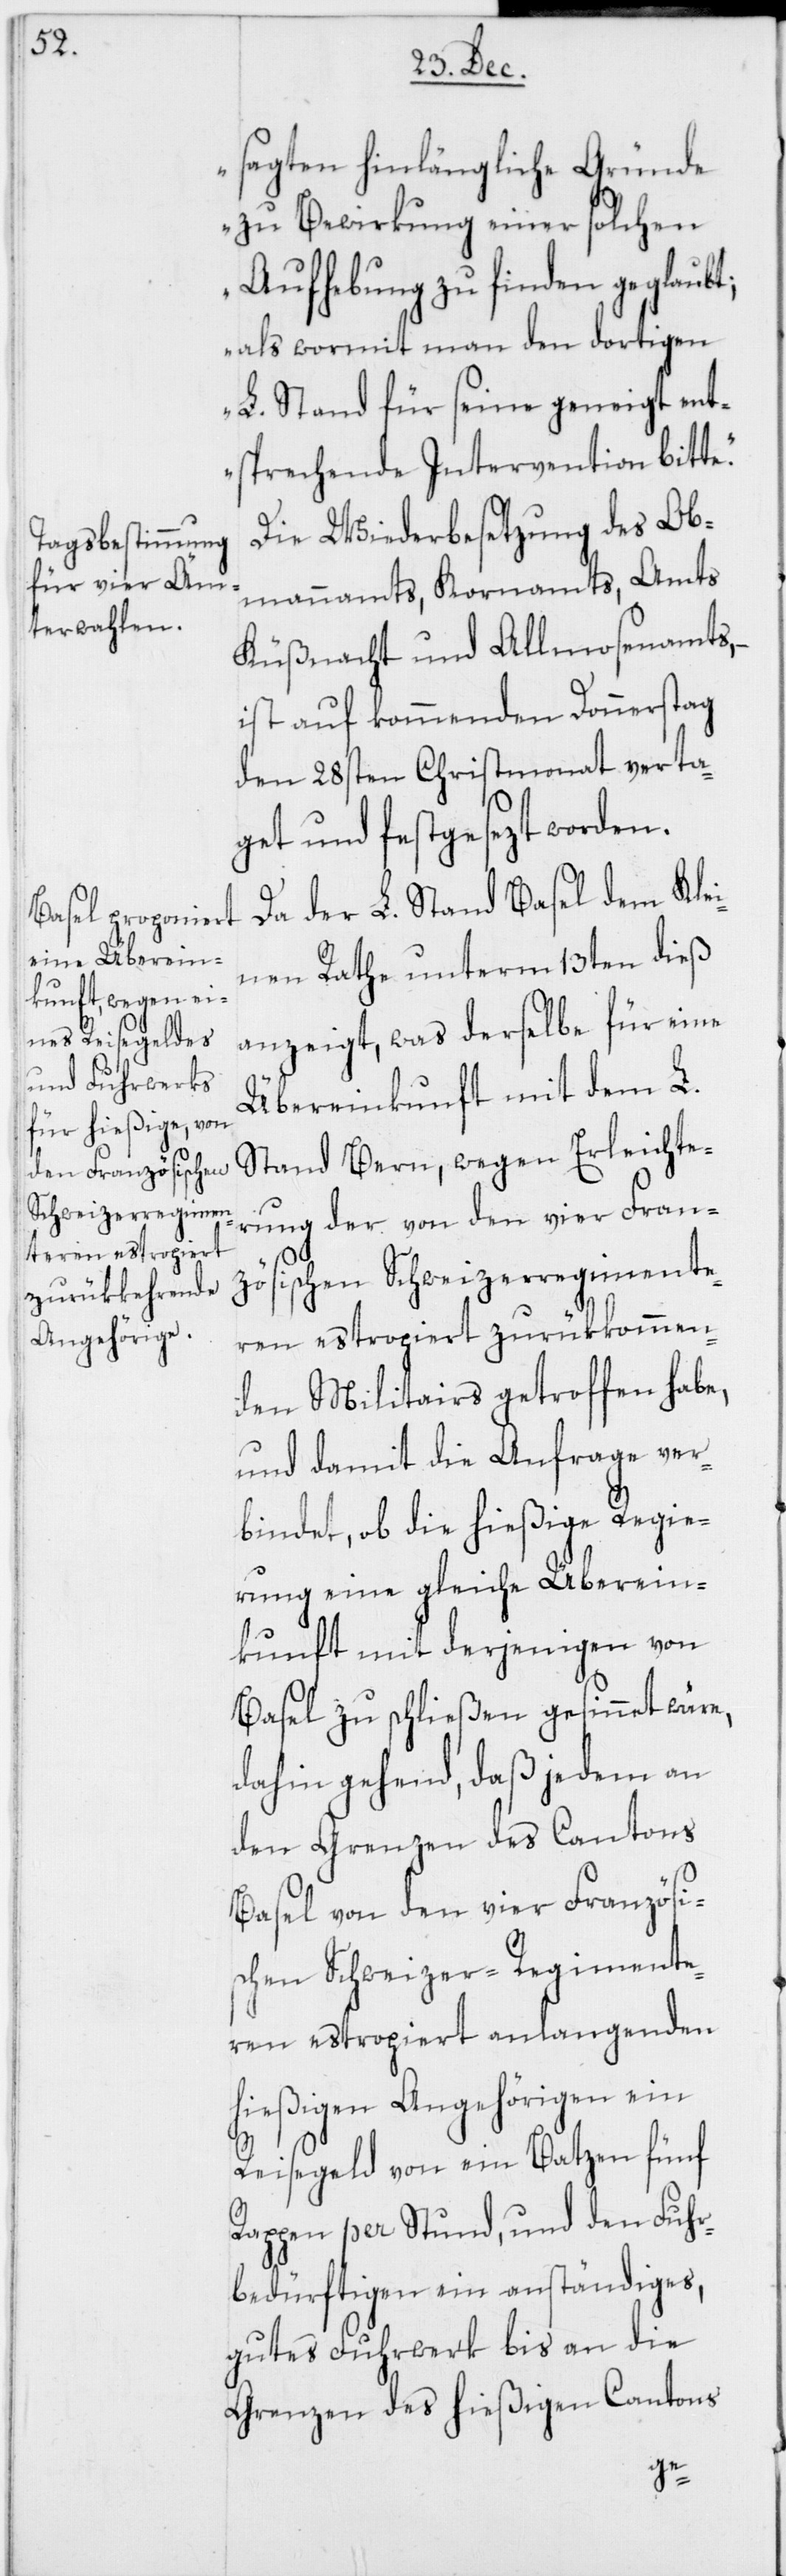
sagten hinlängliche Gründe
zu Bewirkung einer solchen
Aufhebung zu finden geglaubt;
als wormit man den dortigen
L. Stand für seine geneigt ent¬
sprechende Intervention bitt¬
Die Wiederbesetzung des Ob¬
mannamts, Kornamts, Amts
Küßnacht und Allmosenamts,
ist auf kommenden Donnerstag
den 28sten Christmonat verta¬
get und festgesezt worden.
Da der L. Stand Basel dem Klei¬
nen Rathe unterm 13ten dieß
anzeigt, was derselbe für eine
Übereinkunft mit dem L.
Stand Bern, wegen Erleichte¬
rung der von den vier Fran¬
zösischen Schweizerregimente¬
ren estropiert zurükkommen¬
den Militairs getroffen habe,
und damit die Anfrage ver¬
bindet, ob die hießige Regie¬
rung eine gleiche Überein¬
kunft mit derjenigen von
Basel zu schließen gesinnet wäre,
dahin gehend, daß jedem an
den Grenzen des Cantons
Basel von den vier Französi¬
schen Schweizer-Regimente¬
ren estropiert anlangenden
hießigen Angehörigen ein
Reisegeld von ein Batzen fünf
Rappen per Stund, und den Fuhr¬
bedürftigen ein anständiges,
gutes Fuhrwerk bis an die
Grenzen des hießigen Cantons
e.“